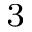
_ { 3 }